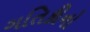
ગતિકીનો